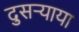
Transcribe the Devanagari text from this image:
दुसर्‍याया